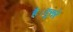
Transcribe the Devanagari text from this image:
है।दूसरे